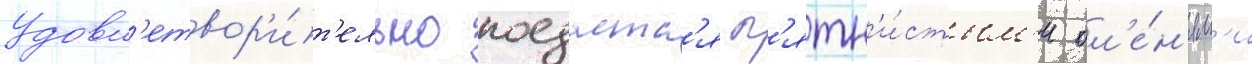
Удовл'етвор'и́т'ельно поедаетс'я п'ятн'и́стым'и ол'е́н'ям'и